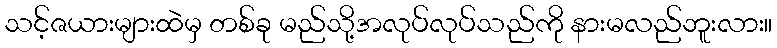
သင့်ဇယားများထဲမှ တစ်ခု မည်သို့အလုပ်လုပ်သည်ကို နားမလည်ဘူးလား။